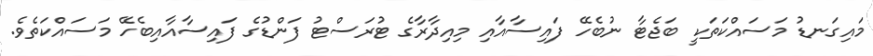
މައިގަނޑު މަސައްކަތަކީ ބަޖެޓާ ނުބެހޭ ފައިސާއާއި މިއިދާރާގެ ޓުރަސްޓު ފަންޑުގެ ފައިސާއާއިބެހޭ މަސައްކަތެވެ.